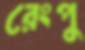
রেংপু